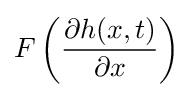
F\left({\frac {\partial h(x,t)}{\partial x}}\right)